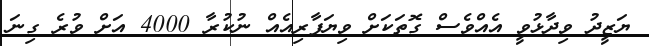
ޔަޒީދު ވިދާޅުވީ އެއްވެސް ގޮތަކަށް ވިޔަފާރިއެއް ނުކުރާ 4000 އަށް ވުރެ ގިނަ